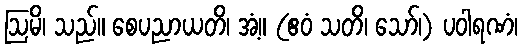
ဩမိ၊ သည်။ စေပညာယတိ၊ အံ့။ (ဧဝံ သတိ၊ သော်၊) ပဝါရဏံ၊